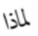
لماذا